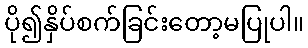
ပို၍နှိပ်စက်ခြင်းတော့မပြုပါ။